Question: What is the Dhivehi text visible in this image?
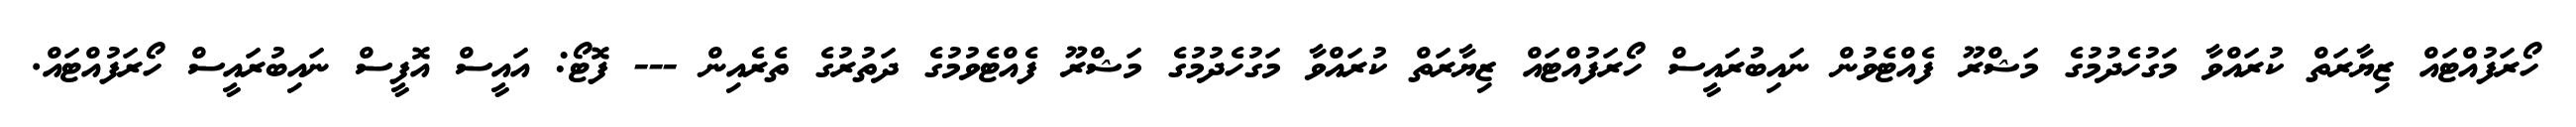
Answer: ހޯރަފުއްޓައް ޒިޔާރަތް ކުރައްވާ މަގުހެދުމުގެ މަޝްރޫ ފެއްޓެވުން ނައިބުރައީސް ހޯރަފުއްޓައް ޒިޔާރަތް ކުރައްވާ މަގުހެދުމުގެ މަޝްރޫ ފެއްޓެވުމުގެ ދަތުރުގެ ތެރެއިން --- ފޮޓޯ: އައީސް އޮފީސް ނައިބުރައީސް ހޯރަފުއްޓައް.